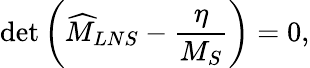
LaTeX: \operatorname*{det}\left(\widehat{M}_{LNS}-\frac{\eta}{M_{S}}\right)=0,